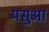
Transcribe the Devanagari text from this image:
पसुआ